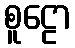
စူဠော